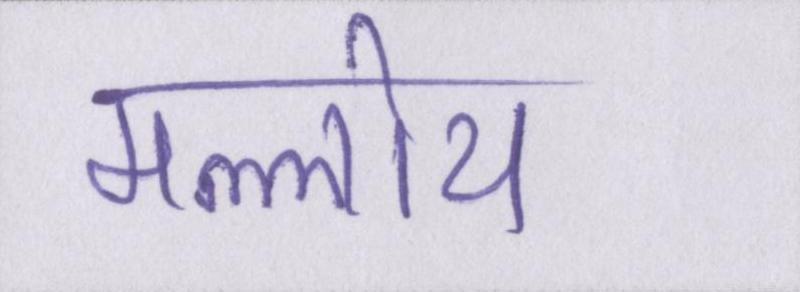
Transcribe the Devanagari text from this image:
मल्लोय